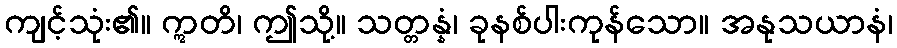
ကျင့်သုံး၏။ ဣတိ၊ ဤသို့။ သတ္တန္နံ၊ ခုနစ်ပါးကုန်သော။ အနုသယာနံ၊